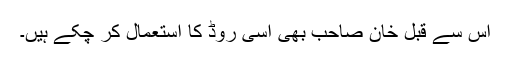
اس سے قبل خان صاحب بھی اسی روڈ کا استعمال کر چکے ہیں۔